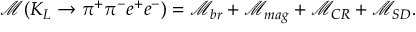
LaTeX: \mathcal { M } ( K _ { L } \rightarrow \pi ^ { + } \pi ^ { - } e ^ { + } e ^ { - } ) = \mathcal { M } _ { b r } + \mathcal { M } _ { m a g } + \mathcal { M } _ { C R } + \mathcal { M } _ { S D } .